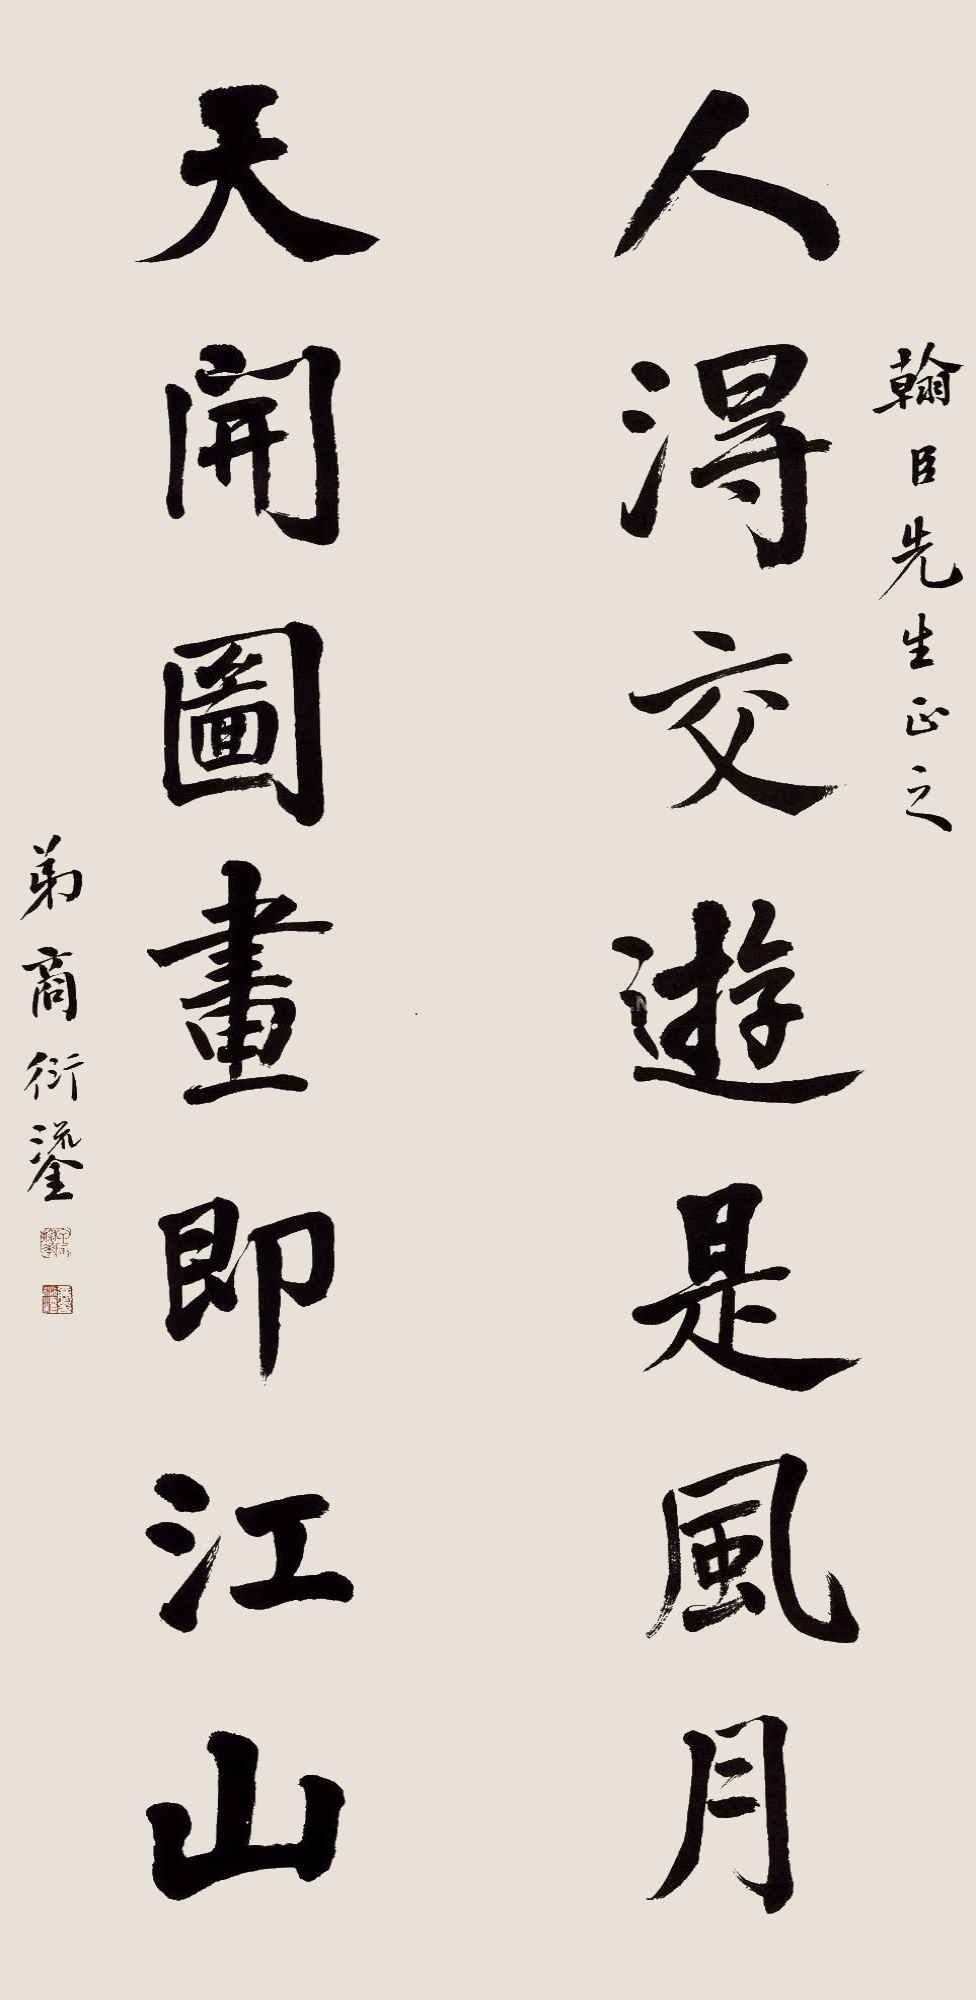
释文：人得交游是风月，天开图画即江山。翰臣先生正之，弟商珩鎏。